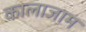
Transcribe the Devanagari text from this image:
कालाजाम